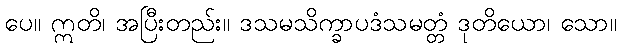
ပေ။ ဣတိ၊ အပြီးတည်း။ ဒသမသိက္ခာပဒံသမတ္တံ ဒုတိယော၊ သော။